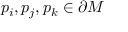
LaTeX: p _ { i } , p _ { j } , p _ { k } \in \partial M